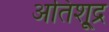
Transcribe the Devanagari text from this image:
अतिशू्द्र